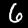
Digit: 6